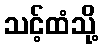
သင့်ထံသို့